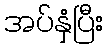
အပ်နှံပြီး